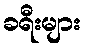
ခရီးများ